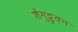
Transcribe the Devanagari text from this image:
शेंगुट्टुवन